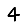
Digit: 4